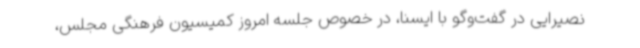
نصیرایی در گفت‌وگو با ایسنا، در خصوص جلسه امروز کمیسیون فرهنگی مجلس،